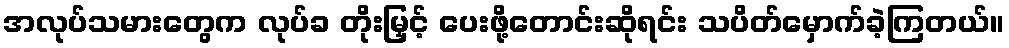
အလုပ်သမားတွေက လုပ်ခ တိုးမြှင့် ပေးဖို့တောင်းဆိုရင်း သပိတ်မှောက်ခဲ့ကြတယ်။